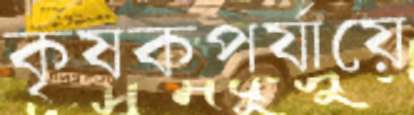
কৃষকপর্যায়ে